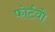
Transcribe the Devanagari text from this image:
फोर्टवो